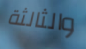
والثالثة